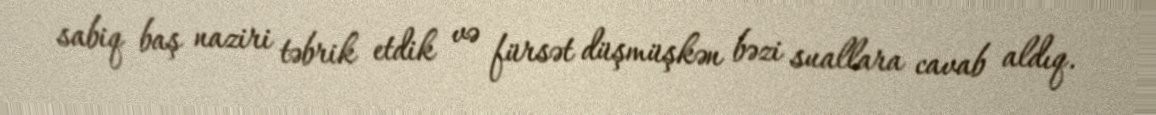
sabiq baş naziri təbrik etdik və fürsət düşmüşkən bəzi suallara cavab aldıq.